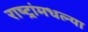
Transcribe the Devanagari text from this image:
राष्ट्रांमधल्या